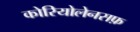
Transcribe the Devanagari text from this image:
कोरियोलेनसफ़